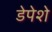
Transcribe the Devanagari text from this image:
डेपेशे